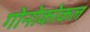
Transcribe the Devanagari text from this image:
गोनोकोकल